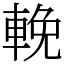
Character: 輓